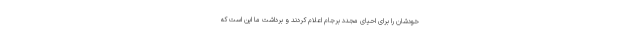
خودشان را برای احیای مجدد برجام اعلام کردند و برداشت ما این است که